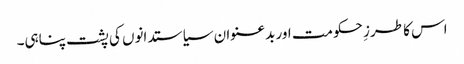
اس کا طرزِ حکومت اور بدعنوان سیاستدانوں کی پشت پناہی۔